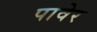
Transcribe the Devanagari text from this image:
पावेर